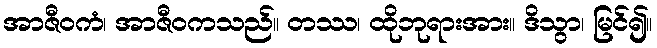
အာဇီဝကံ၊ အာဇီဝကသည်။ တဿ၊ ထိုဘုရားအား။ ဒိသွာ၊ မြင်၍။